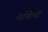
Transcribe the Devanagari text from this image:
मॉडेमों